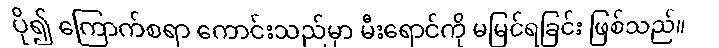
ပို၍ ကြောက်စရာ ကောင်းသည်မှာ မီးရောင်ကို မမြင်ရခြင်း ဖြစ်သည်။